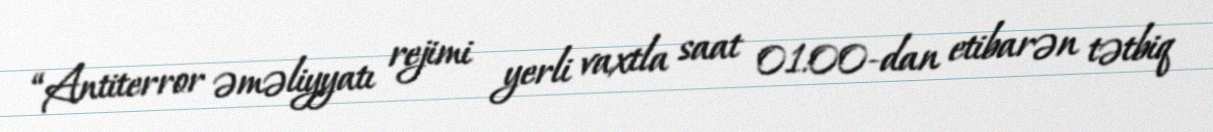
“Antiterror əməliyyatı rejimi yerli vaxtla saat 01:00-dan etibarən tətbiq